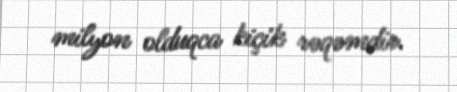
milyon olduqca kiçik rəqəmdir.